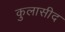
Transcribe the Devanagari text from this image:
कुलासीद